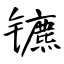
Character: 镳